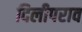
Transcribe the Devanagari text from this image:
दिलीपराव